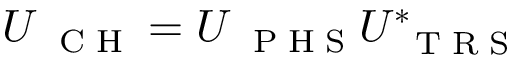
U _ { \mathrm { ~ \tiny ~ C ~ H ~ } } = U _ { \mathrm { ~ \tiny ~ P ~ H ~ S ~ } } U _ { \mathrm { ~ \tiny ~ T ~ R ~ S ~ } } ^ { * }